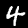
Digit: 4